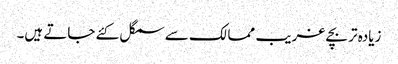
زیادہ تر بچے غریب ممالک سے سمگل کئے جاتے ہیں۔